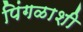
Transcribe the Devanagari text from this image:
पिंगळाशी